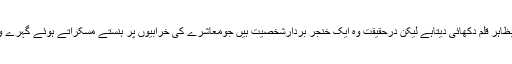
اُن کے ہاتھ میںبظاہر قلم دکھائی دیتاہے لیکن درحقیقت وہ ایک خنجر بردارشخصیت ہیں جومعاشرے کی خرابیوں پر ہنستے مسکراتے ہوئے گہرے وارکرجاتے ہیں۔